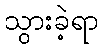
သွားခဲ့ရာ